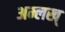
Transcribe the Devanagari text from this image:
अम्लख्